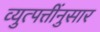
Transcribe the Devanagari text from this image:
व्युत्पत्तींनुसार